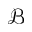
\mathcal { B }